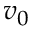
v _ { 0 }